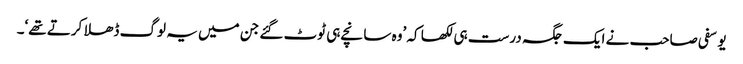
یوسفی صاحب نے ایک جگہ درست ہی لکھا کہ ’وہ سانچے ہی ٹوٹ گئے جن میں یہ لوگ ڈھلا کرتے تھے‘۔